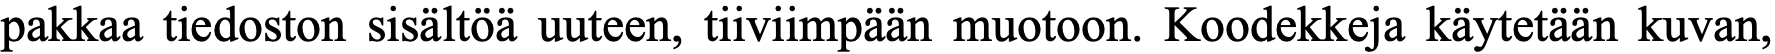
pakkaa tiedoston sisältöä uuteen, tiiviimpään muotoon. Koodekkeja käytetään kuvan,